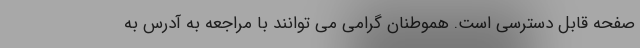
صفحه قابل دسترسی است. هموطنان گرامی می توانند با مراجعه به آدرس به